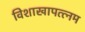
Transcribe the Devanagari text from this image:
विशाखापत्त्नम